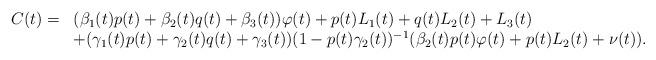
LaTeX: \begin{align*}\begin{array}[c]{rl}C(t)= & (\beta_{1}(t)p(t)+\beta_{2}(t)q(t)+\beta_{3}(t))\varphi(t)+p(t)L_{1}(t)+q(t)L_{2}(t)+L_{3}(t)\\& +(\gamma_{1}(t)p(t)+\gamma_{2}(t)q(t)+\gamma_{3}(t))(1-p(t)\gamma_{2}(t))^{-1}(\beta_{2}(t)p(t)\varphi(t)+p(t)L_{2}(t)+\nu(t)).\end{array}\end{align*}